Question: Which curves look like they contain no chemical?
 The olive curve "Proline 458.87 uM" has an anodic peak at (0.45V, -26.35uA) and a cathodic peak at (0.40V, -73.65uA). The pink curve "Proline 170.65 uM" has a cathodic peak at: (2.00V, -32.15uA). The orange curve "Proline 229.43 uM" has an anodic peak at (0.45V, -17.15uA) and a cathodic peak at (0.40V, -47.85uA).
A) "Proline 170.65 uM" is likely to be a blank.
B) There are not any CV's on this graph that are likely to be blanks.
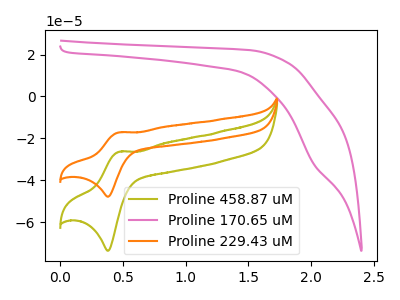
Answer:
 <answer>B) There are not any CV's on this graph that are likely to be blanks.</answer>
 <eval>B</eval>